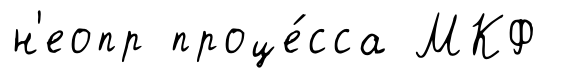
н'еопр проце́сса МКФ